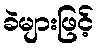
ခဲများဖြင့်